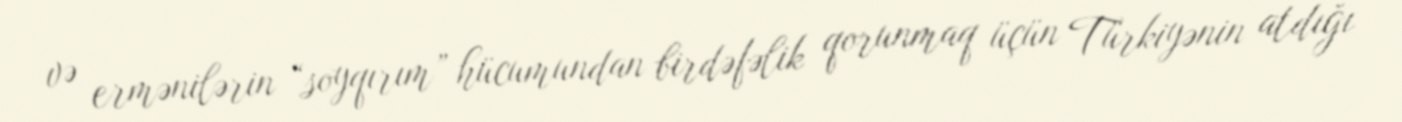
və ermənilərin “soyqırım” hücumundan birdəfəlik qorunmaq üçün Türkiyənin atdığı